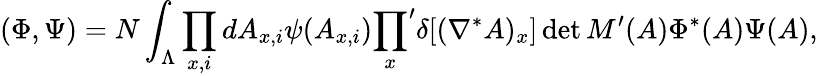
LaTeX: (\Phi,\Psi)=N\int_{\Lambda}\prod_{x,i}dA_{x,i}\psi(A_{x,i}){\prod_{x}}^{\prime}\delta[(\nabla^{*}A)_{x}]\operatorname*{det}M^{\prime}(A)\Phi^{*}(A)\Psi(A),